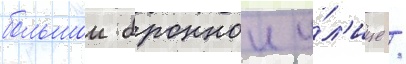
большои броннои у́л'ице /